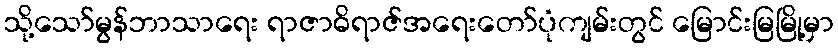
သို့သော်မွန်ဘာသာရေး ရာဇာဓိရာဇ်အရေးတော်ပုံကျမ်းတွင် မြောင်းမြမြို့မှာ